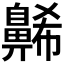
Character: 𪖥